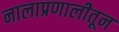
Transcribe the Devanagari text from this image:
नालाप्रणालीतून